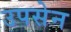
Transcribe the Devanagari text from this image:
उपसेन